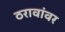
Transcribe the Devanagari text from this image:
ठरावांवर